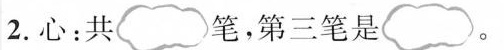
2.心：共 笔，第三笔是 。